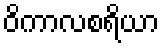
ဝိကာလစရိယာ